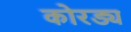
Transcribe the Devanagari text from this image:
कोरड्य